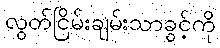
လွတ်ငြိမ်းချမ်းသာခွင့်ကို